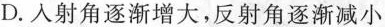
D.入射角逐渐增大，反射角逐渐减小